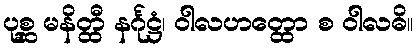
ပုစ္ဆ မနိတ္ထီ နင်္ဂုဋ္ဌံ၊ ဝါလဟတ္ထော စ ဝါလဓိ။